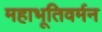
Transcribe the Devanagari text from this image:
महाभूतिवर्मन